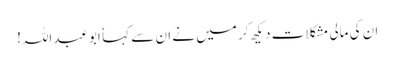
ان کی مالی مشکلات دیکھ کر میں نے ان سے کہا ٗ ابوعبداللہ!